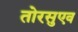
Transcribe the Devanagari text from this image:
तोरसुएव